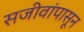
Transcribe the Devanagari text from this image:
सजीवांपासून